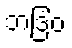
ဘဒြံဝ